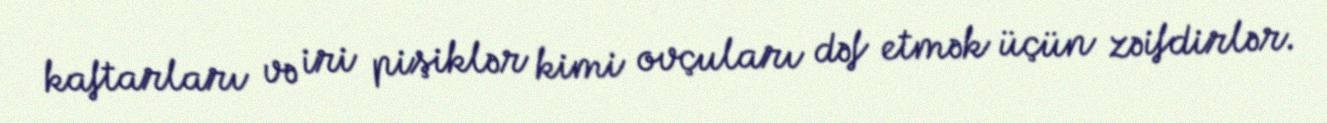
kaftarları və iri pişiklər kimi ovçuları dəf etmək üçün zəifdirlər.